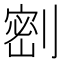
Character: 𭄋